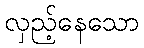
လှည့်နေသော